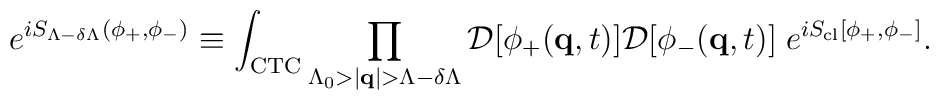
e^{i S_{\Lambda - \delta \Lambda}(\phi_+,\phi_-)} \equiv \int_{\rm CTC} \prod_{\Lambda_0>|{\bf q}| > \Lambda-\delta \Lambda} {\cal D}[\phi_+({\bf q},t)] {\cal D}[\phi_-({\bf q},t)] \; e^{i S_{\rm cl}[\phi_+,\phi_-]} .